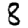
Digit: 8